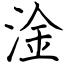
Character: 淦